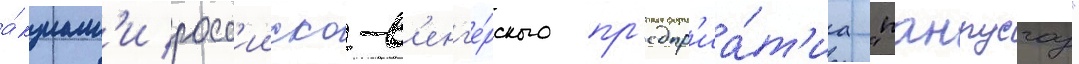
а́кциам'и росс'ииско-в'енг'е́рского пр'едпр'иа́т'иа "панрусгаз"